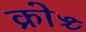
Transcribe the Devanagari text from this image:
क्रोञ्च